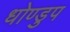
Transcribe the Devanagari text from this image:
धोण्डुप